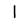
Digit: 1